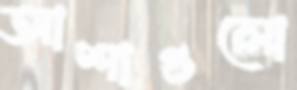
আশাগুলো